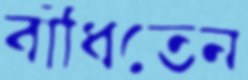
বাঁধিতেন